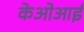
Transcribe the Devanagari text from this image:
केओआई